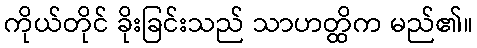
ကိုယ်တိုင် ခိုးခြင်းသည် သာဟတ္ထိက မည်၏။